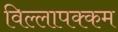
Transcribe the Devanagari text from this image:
विल्लापक्कम